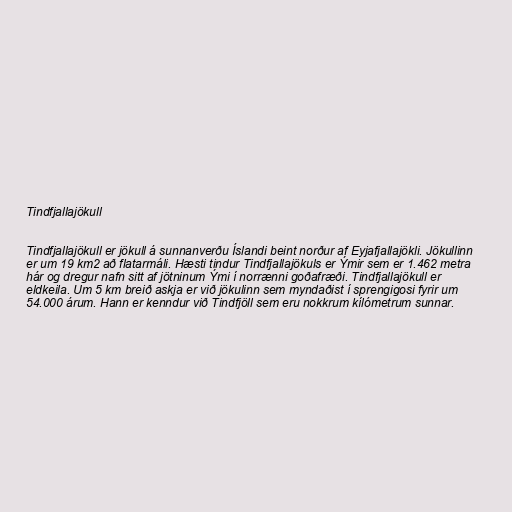
Tindfjallajökull

Tindfjallajökull er jökull á sunnanverðu Íslandi beint norður af Eyjafjallajökli. Jökullinn
er um 19 km2 að flatarmáli. Hæsti tindur Tindfjallajökuls er Ýmir sem er 1.462 metra
hár og dregur nafn sitt af jötninum Ými í norrænni goðafræði. Tindfjallajökull er
eldkeila. Um 5 km breið askja er við jökulinn sem myndaðist í sprengigosi fyrir um
54.000 árum. Hann er kenndur við Tindfjöll sem eru nokkrum kílómetrum sunnar.